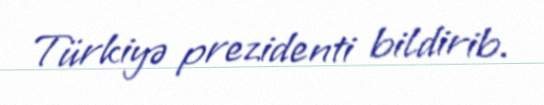
Türkiyə prezidenti bildirib.